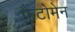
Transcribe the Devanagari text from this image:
फैंटोमेन